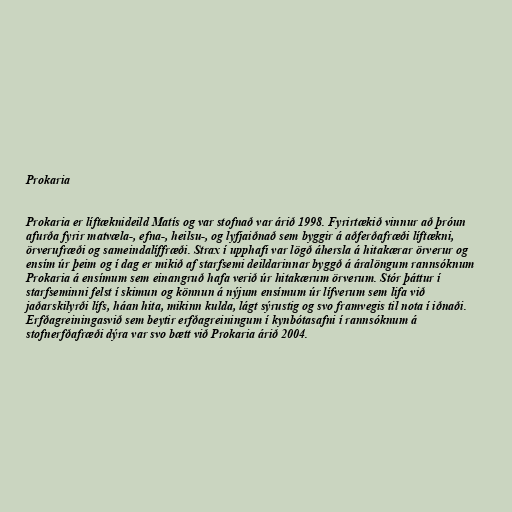
Prokaria

Prokaria er líftæknideild Matís og var stofnað var árið 1998. Fyrirtækið vinnur að þróun
afurða fyrir matvæla-, efna-, heilsu-, og lyfjaiðnað sem byggir á aðferðafræði líftækni,
örverufræði og sameindalíffræði. Strax í upphafi var lögð áhersla á hitakærar örverur og
ensím úr þeim og í dag er mikið af starfsemi deildarinnar byggð á áralöngum rannsóknum
Prokaria á ensímum sem einangruð hafa verið úr hitakærum örverum. Stór þáttur í
starfseminni felst í skimun og könnun á nýjum ensímum úr lífverum sem lifa við
jaðarskilyrði lífs, háan hita, mikinn kulda, lágt sýrustig og svo framvegis til nota í iðnaði.
Erfðagreiningasvið sem beytir erfðagreiningum í kynbótasafni í rannsóknum á
stofnerfðafræði dýra var svo bætt við Prokaria árið 2004.